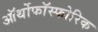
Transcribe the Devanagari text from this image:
ऑर्थोफाॅस्फोरिक